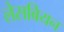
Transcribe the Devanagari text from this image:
लेसबियन